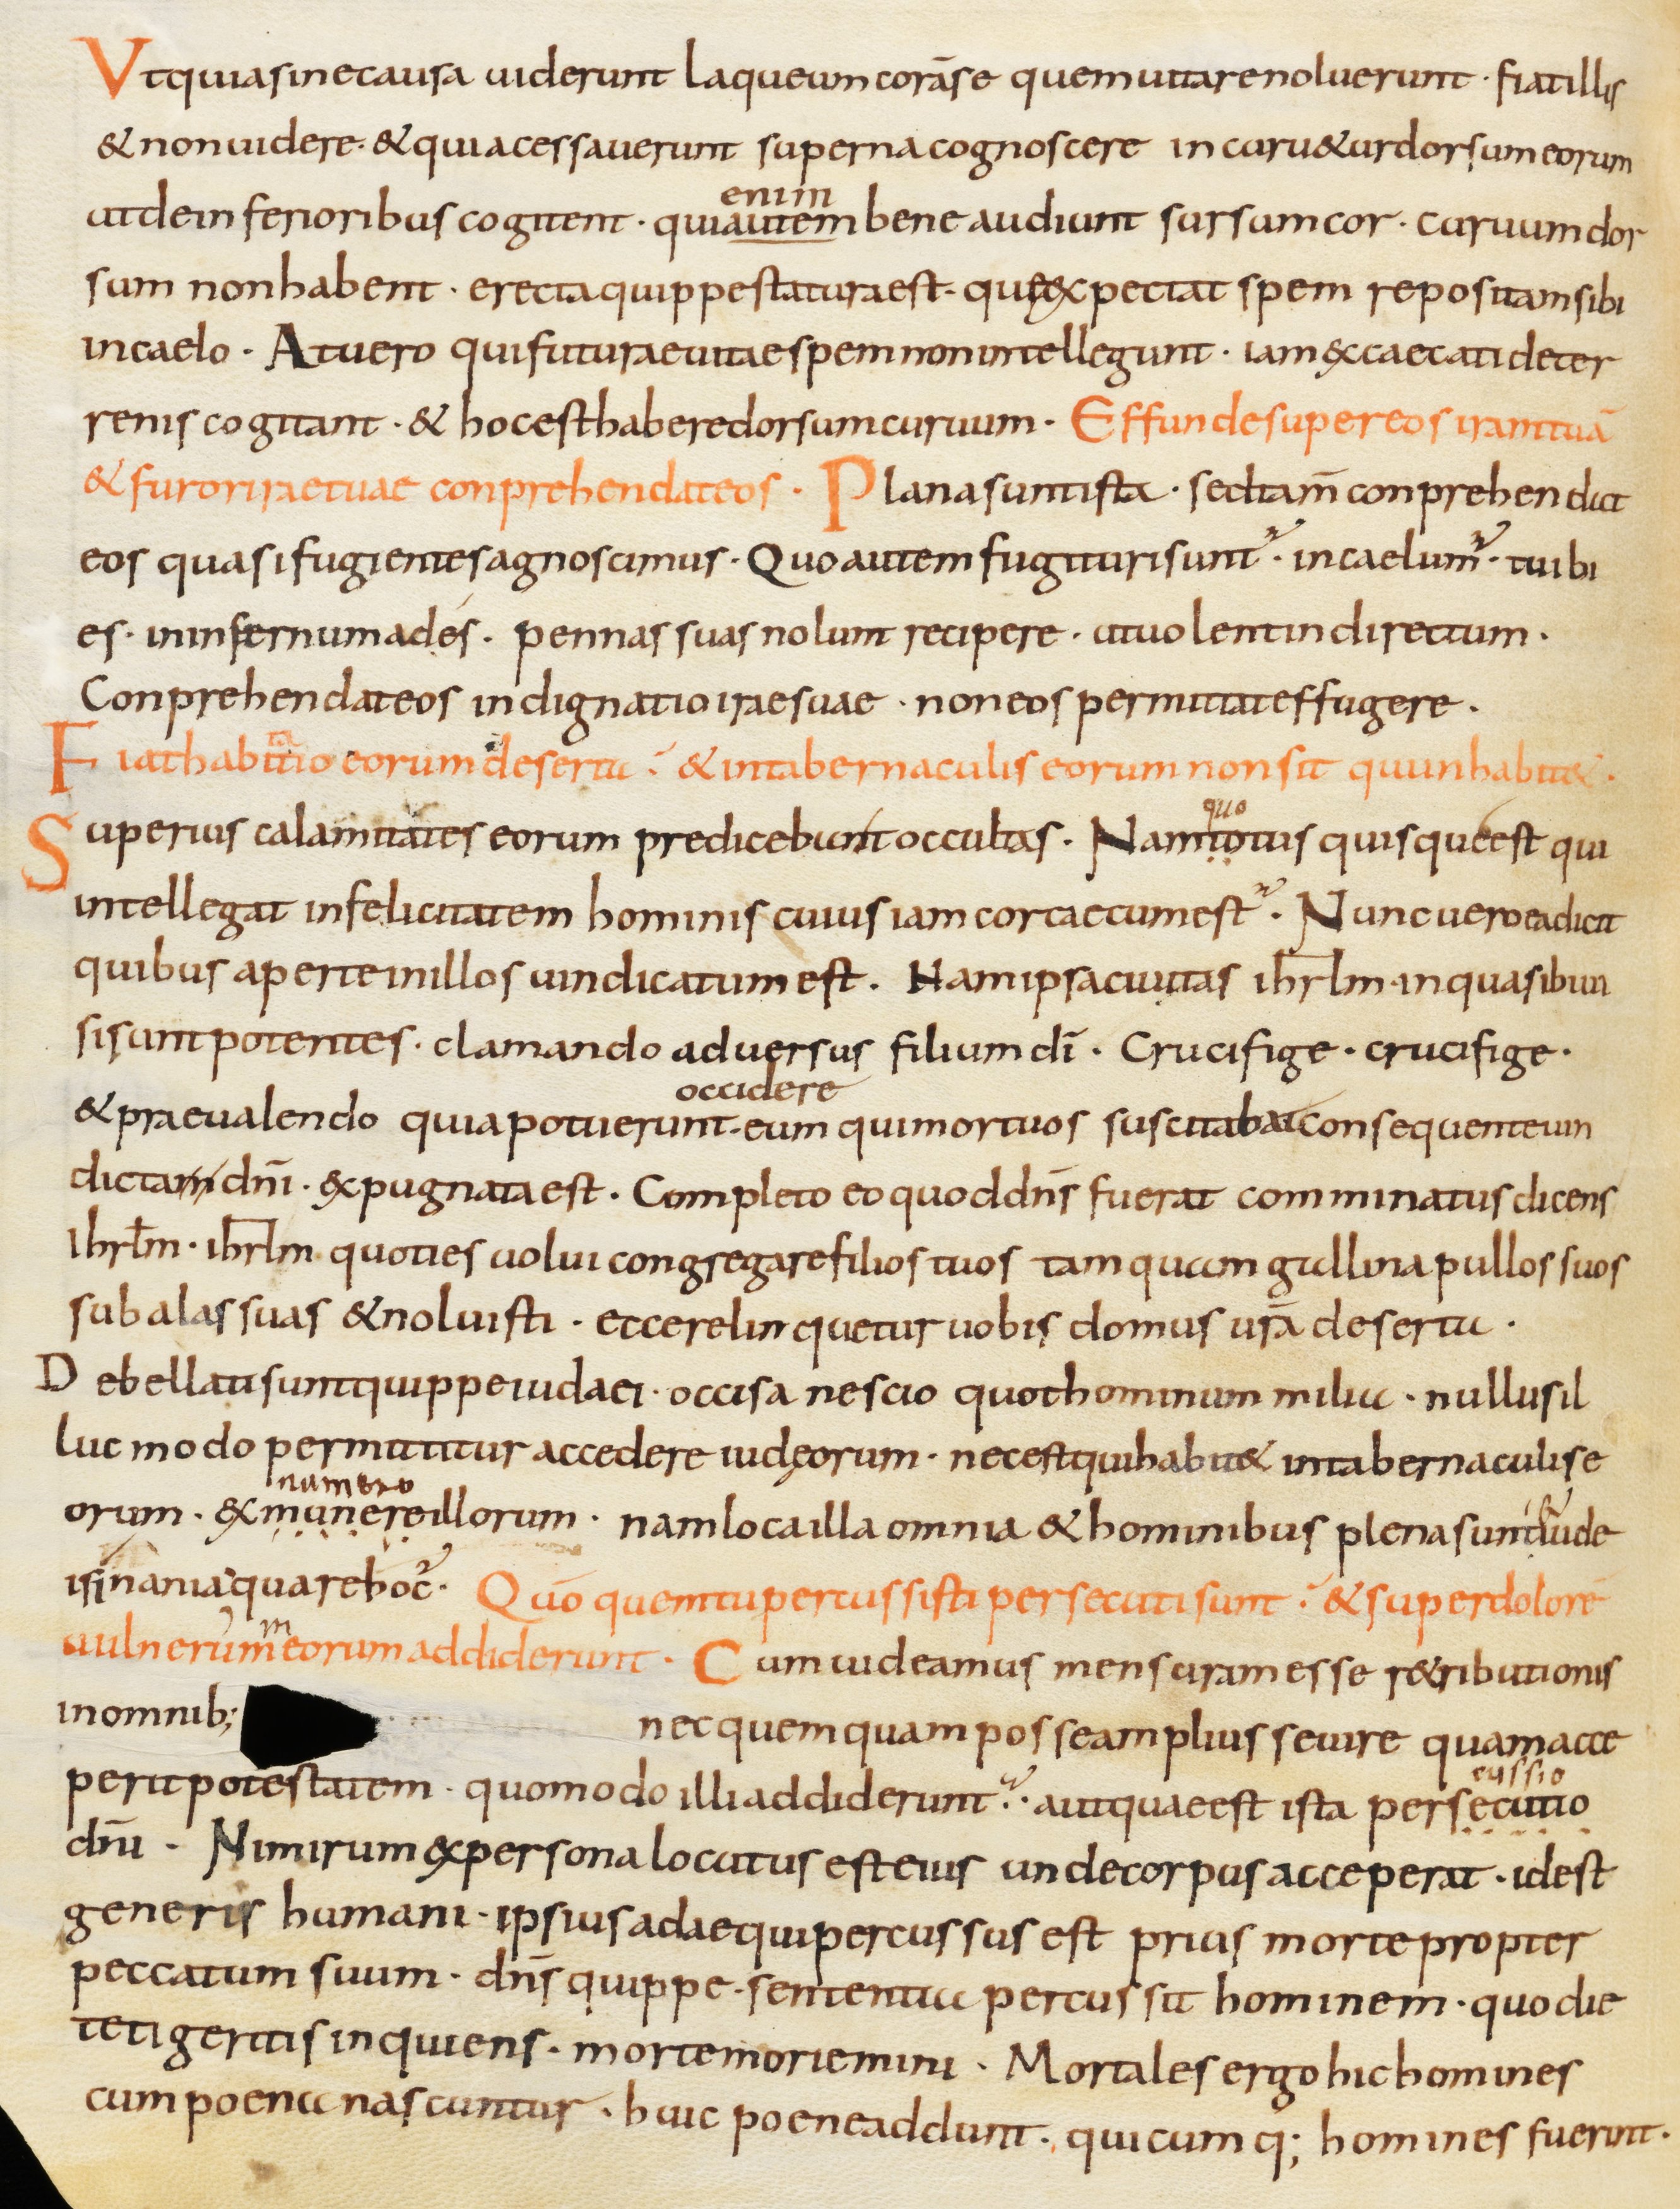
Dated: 800–899